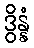
ဒွိန္နံ